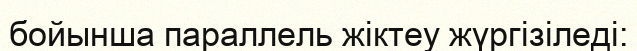
бойынша параллель жіктеу жүргізіледі: